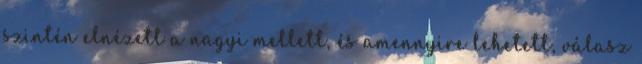
szintén elnézett a nagyi mellett, és amennyire lehetett, válasz